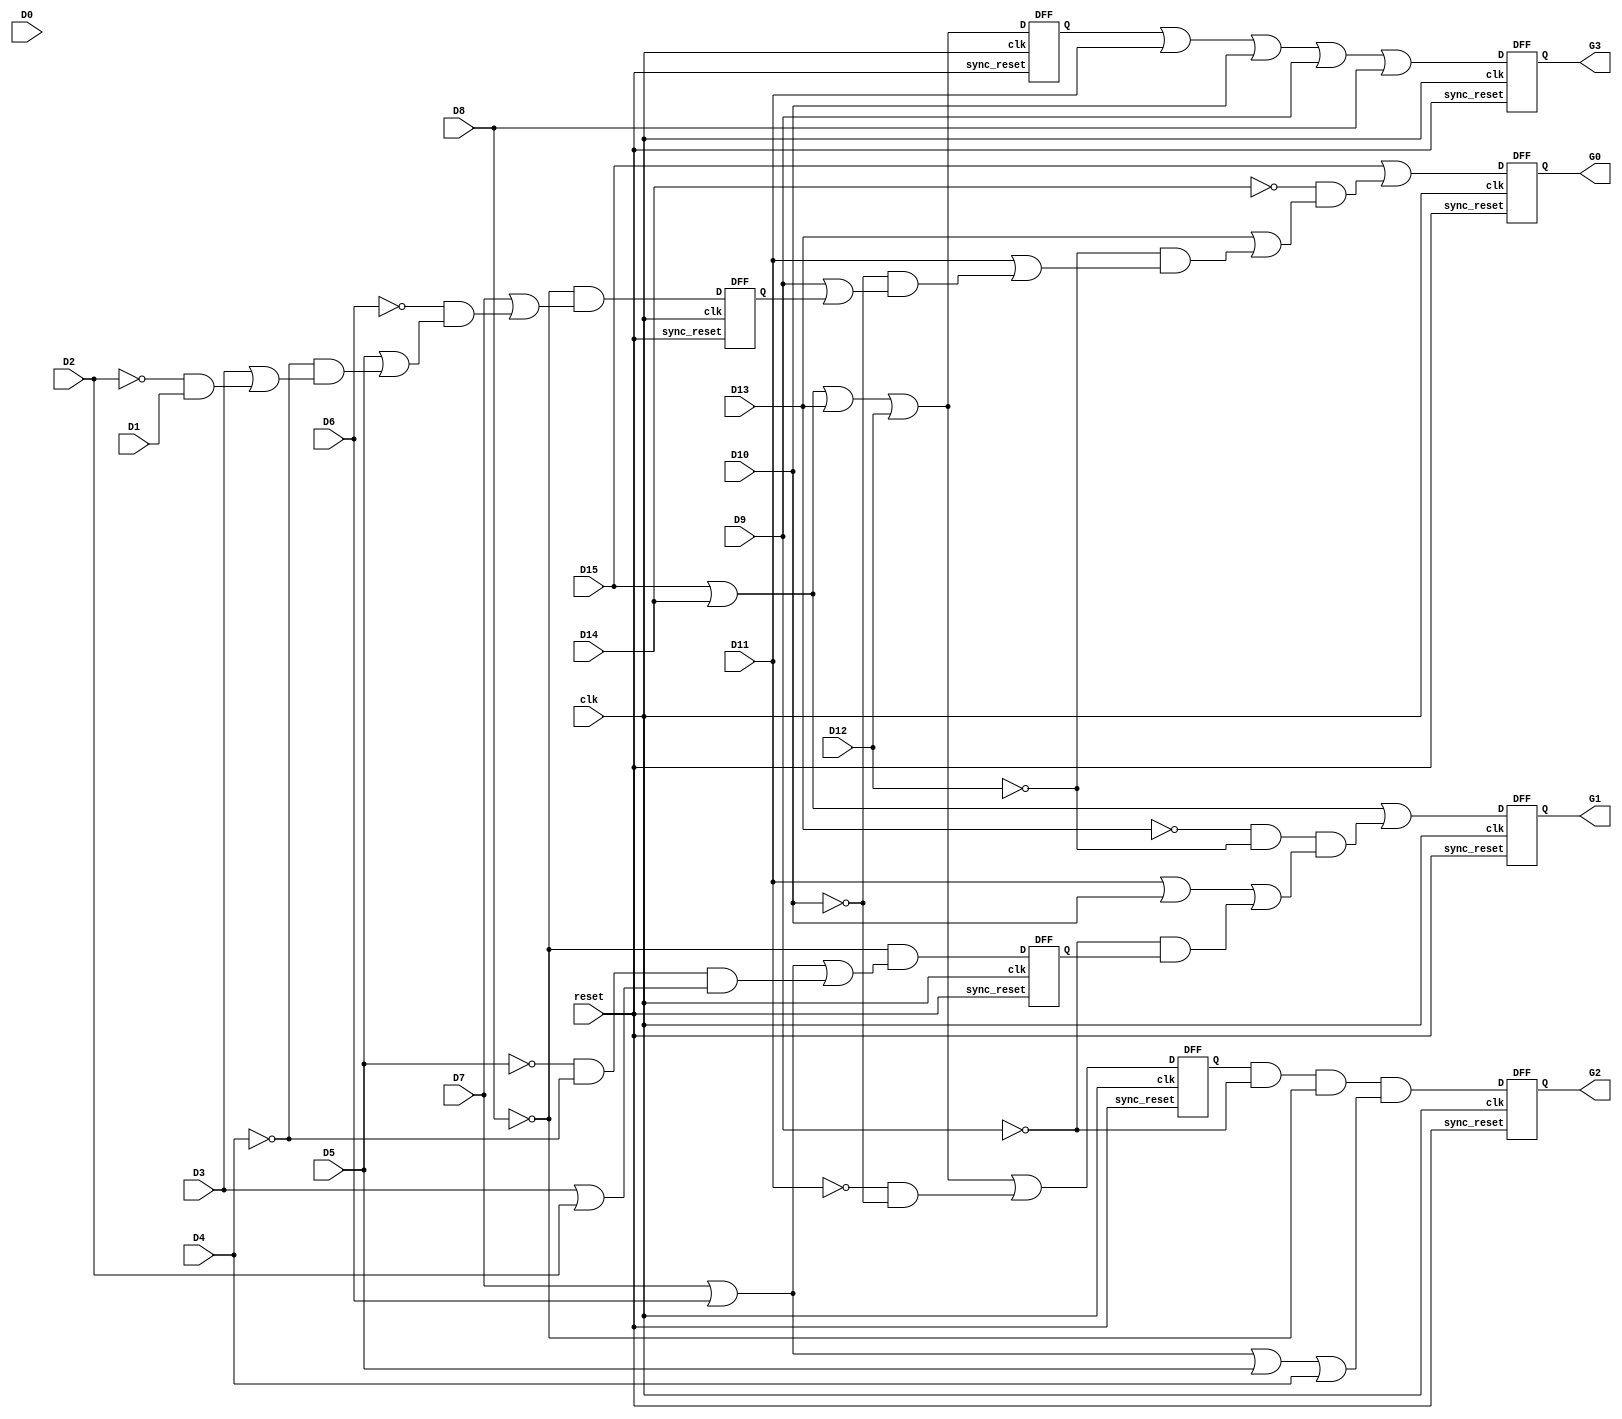
module clocked_priority_Encoder_16_4 (clk,reset,
G0,G1,G2,G3,
D0,D1,D2,D3,D4,D5,D6,D7,D8,D9,D10,D11,D12,D13,D14,D15);

input clk;
input reset;
input D0,D1,D2,D3,D4,D5,D6,D7,D8,D9,D10,D11,D12,D13,D14,D15;
output G0,G1,G2,G3;




wire Dx,Dy,
Qx,

Dm,Dn,
Qm,


Da,Db,
Qa,


Da1,Da2,
Qa1;



/////////////////////////////// for G3 //////////////////////////////////////////

//assign G3=D15 || D14 || D13 || D12 || D11 || D10 || D9 || D8;

assign Da1 = D15 || D14 || D13 || D12 ;

DFF dff_0(.D(Da1),
.clk(clk),
.sync_reset(reset),
.Q(Qa1) );

assign Da2 = Qa1 || D11 || D10 || D9 || D8 ;

DFF dff_1(.D(Da2),
.clk(clk),
.sync_reset(reset),
.Q(G3) );

/////////////////////////////////////////////////////////////////

////////////////// for G2 ///////////////////////////////

//assign G2= D15 || D14 || D13 || D12 || ((!D11) && (!D10) && (!D9) && (!D8) && (D7 || D6 || D5 || D4)) ;


assign Dx = D15 || D14 || D13 || D12 || ((!D11) && (!D10) );

DFF dff_2(.D(Dx),
.clk(clk),
.sync_reset(reset),
.Q(Qx) );
assign Dy = Qx && (!D9) && (!D8) && (D7 || D6 || D5 || D4 );

DFF dff_3(.D(Dy),
.clk(clk),
.sync_reset(reset),
.Q(G2) );



///////////////////// for G1 /////////////////////////////////////

//assign G1= D15 || D14 || (!D13) && ( !D12)&& (D11||D10||(!D9)&&(!D8)&&(D7||D6||(!D5) && (!D4) && (D3 || D2)));
assign Dm = (!D8) &&(D7 || D6 || (!D5) && (!D4) && (D3 || D2) );

DFF dff_4(.D(Dm),
.clk(clk),
.sync_reset(reset),
.Q(Qm));

assign Dn = D15 || D14 || ( !D13) && ( !D12) && ( D11 || D10 || (!D9) && Qm );


DFF dff_5(.D(Dn),
.clk(clk),
.sync_reset(reset),
.Q(G1) );


/////////////////////////////////////////////////////////////////
//////////////////////for G0 ////////////////////////////////////

//assign G0 = D15||(!D14)&& (D13||(!D12)&&(D11||(!D10)&&(D9||(!D8)&& (D7||(!D6)&&(D5||(!D4)&&(D3||(!D2)&&D1)))))) ; /// It's alright ;
assign Da = (!D8)&& (D7||(!D6)&&(D5||(!D4)&&(D3||(!D2)&&D1)));

DFF dff_6 (.D(Da),
.clk(clk),
.sync_reset(reset),
.Q(Qa));

assign Db = D15||(!D14)&& (D13||(!D12)&&(D11||(!D10)&&(D9||Qa)));

DFF dff_7 (.D(Db),
.clk(clk),
.sync_reset(reset),
.Q(G0));


//////////////////////////////////////////////////////////////////////////////////////
endmodule

module DFF (D,clk,sync_reset,Q);
input D; // Data input
input clk; // clock input
input sync_reset; // synchronous reset
output reg Q; // output Q

always @(posedge clk)
begin
if(sync_reset==1'b1)
Q <= 1'b0;
else
Q <= D;
end
endmodule